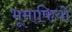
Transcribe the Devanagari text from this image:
भूमाफियों